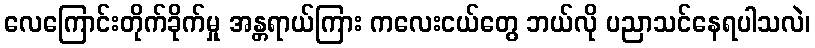
လေကြောင်းတိုက်ခိုက်မှု အန္တရာယ်ကြား ကလေးငယ်တွေ ဘယ်လို ပညာသင်နေရပါသလဲ၊